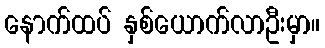
နောက်ထပ် နှစ်ယောက်လာဦးမှာ။